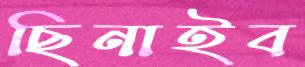
ছিনাইব